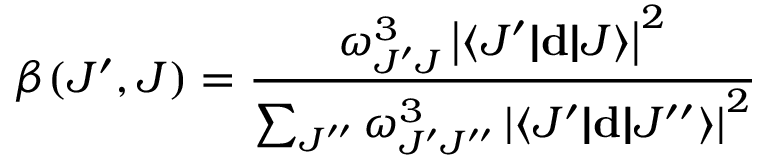
\beta ( J ^ { \prime } , J ) = \frac { \omega _ { J ^ { \prime } J } ^ { 3 } \left| \langle J ^ { \prime } | \! | \mathbf { d } | \! | J \rangle \right| ^ { 2 } } { \sum _ { J ^ { \prime \prime } } \omega _ { J ^ { \prime } J ^ { \prime \prime } } ^ { 3 } \left| \langle J ^ { \prime } | \! | \mathbf { d } | \! | J ^ { \prime \prime } \rangle \right| ^ { 2 } }